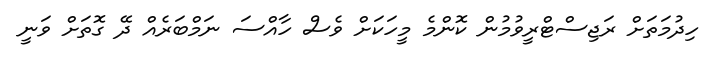
ހިދުމަތަށް ރަޖިސްޓްރީވުމުން ކޮންމެ މީހަކަށް ވެސް ހާއްސަ ނަމްބަރެއް ދޭ ގޮތަށް ވަނީ